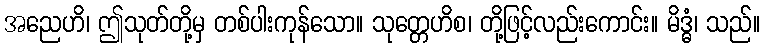
အညေဟိ၊ ဤသုတ်တို့မှ တစ်ပါးကုန်သော။ သုတ္တေဟိစ၊ တို့ဖြင့်လည်းကောင်း။ မိဒ္ဓံ၊ သည်။